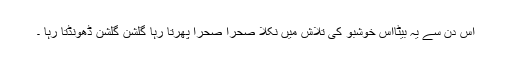
اس دن سے یہ بیٹااس خوشبو کی تلاش میں نکلا صحرا صحرا پھرتا رہا گلشن گلشن ڈھونڈتا رہا ۔